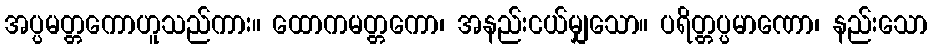
အပ္ပမတ္တကောဟူသည်ကား။ ထောကမတ္တကော၊ အနည်းငယ်မျှသော။ ပရိတ္တပ္ပမာဏော၊ နည်းသော